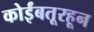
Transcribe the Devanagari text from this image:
कोईंबतूरहून